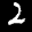
Label: 2